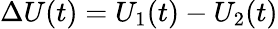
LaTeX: \Delta U(t)=U_{1}(t)-U_{2}(t)